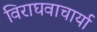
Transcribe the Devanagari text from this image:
विराघवाचार्या